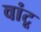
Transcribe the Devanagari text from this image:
वांटू